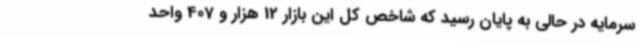
سرمایه در حالی به پایان رسید که شاخص کل این بازار 12 هزار و 407 واحد